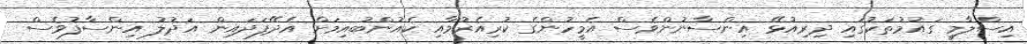
އިސްލާމީ ގައުމުތަކުގައި ދިރިއުޅޭ އިންސާނުންވެސް އެމީހުންގެ ކުރިއެރުމާއި ކެއުންބުއިމަށް އެދޭފަދައިން އަދުލު އިންސާފުވެސް